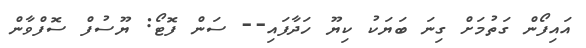
އައިފޯން ގަތުމަށް ގިނަ ބަޔަކު ކިޔޫ ހަދާފައި-- ސަން ފޮޓޯ: ޔޫސުފް ސޮފްވާން